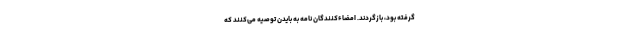
گرفته بود، بازگردند. امضاء‌کنندگان نامه به بایدن توصیه می‌کنند که